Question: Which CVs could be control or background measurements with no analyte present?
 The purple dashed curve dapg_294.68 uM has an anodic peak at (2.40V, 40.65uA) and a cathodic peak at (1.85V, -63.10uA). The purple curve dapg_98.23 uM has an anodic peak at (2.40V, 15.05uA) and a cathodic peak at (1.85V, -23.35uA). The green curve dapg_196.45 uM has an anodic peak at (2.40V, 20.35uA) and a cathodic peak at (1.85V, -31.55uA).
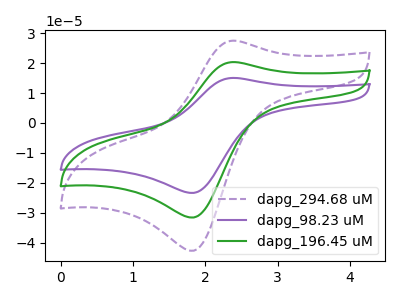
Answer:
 <answer>There are not any CV's on this graph that are likely to be blanks.</answer>
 <eval>none</eval>